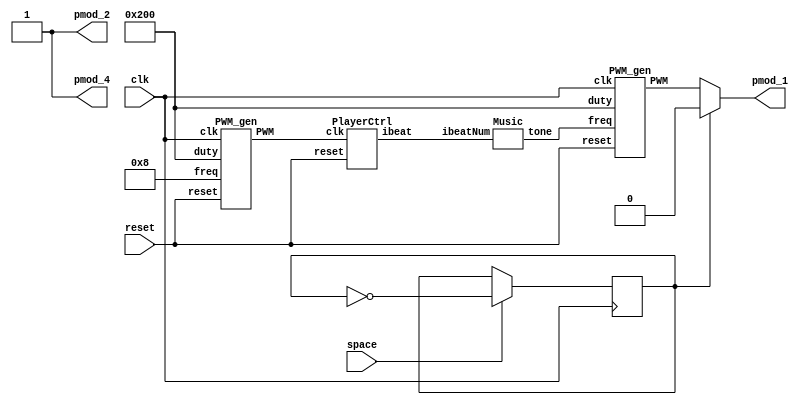
`timescale 1ns / 1ps
/////////////////////////////////////////////////////////////////
// Module Name: top_music
/////////////////////////////////////////////////////////////////

module top_music (
	input clk,
	input reset,
	input space,
	output pmod_1,
	output pmod_2,
	output pmod_4
);
    parameter BEAT_FREQ = 32'd8;	//one beat=0.125sec
    parameter DUTY_BEST = 10'd512;	//duty cycle=50%

    wire [31:0] freq;
    wire [7:0] ibeatNum;
    wire beatFreq;
    wire music;
    
    reg silent;
    
    always@(posedge clk) begin
        if(space) silent <= ~silent;
        else silent <= silent;
    end
    
    assign pmod_1 = silent ? 1'd0 : music;
    assign pmod_2 = 1'd1;	//no gain(6dB)
    assign pmod_4 = 1'd1;	//turn-on

    //Generate beat speed
    PWM_gen btSpeedGen ( .clk(clk), 
                        .reset(reset),
                        .freq(BEAT_FREQ),
                        .duty(DUTY_BEST), 
                        .PWM(beatFreq)
    );  
    //Generate variant freq. of tones
    Music music00 ( .ibeatNum(ibeatNum),
                    .tone(freq)
    );

    // Generate particular freq. signal
    PWM_gen toneGen ( 
                    .clk(clk), 
                    .reset(reset), 
                    .freq(freq),
                    .duty(DUTY_BEST), 
                    .PWM(music)
    );

    PlayerCtrl playerCtrl ( .clk(beatFreq), 
                            .reset(reset), 
                            .ibeat(ibeatNum)
    );
endmodule

module PWM_gen (
    input wire clk,
    input wire reset,
	input [31:0] freq,
    input [9:0] duty,
    output reg PWM
);

    wire [31:0] count_max = 100_000_000 / freq;
    wire [31:0] count_duty = count_max * duty / 1024;
    reg [31:0] count;
        
    always @(posedge clk, posedge reset) begin
        if (reset) begin
            count <= 0;
            PWM <= 0;
        end else if (count < count_max) begin
            count <= count + 1;
            if(count < count_duty)
                PWM <= 1;
            else
                PWM <= 0;
        end else begin
            count <= 0;
            PWM <= 0;
        end
    end

endmodule

module Music (
	input [7:0] ibeatNum,	
	output reg [31:0] tone
);
    parameter C5 = 32'd523;
    parameter C6 = 32'd1047;
    parameter G5 = 32'd784;
    parameter E5 = 32'd659;
    parameter Db5 = 32'd554;
    parameter Db6 = 32'd1109;
    parameter Ab5 = 32'd831;
    parameter F5 = 32'd698;
    parameter A5 = 32'd880;
    parameter A5s = 32'd932;
    parameter B5 = 32'd988;
    always @(*) begin
        case (ibeatNum)		// 1/4 beat
            8'd0 : tone = C5;	
            8'd1 : tone = C6;
            8'd2 : tone = G5;
            8'd3 : tone = E5;
            8'd4 : tone = C6;	
            8'd5 : tone = G5;
            8'd6 : tone = E5;

            8'd7 : tone = Db5;
            8'd8 : tone = Db6;	
            8'd9 : tone = Ab5;
            8'd10 : tone = F5;
            8'd11 : tone = Db6;
            8'd12 : tone = Ab5;
            8'd13 : tone = F5;

            8'd14 : tone = C5;
            8'd15 : tone = C6;
            8'd16 : tone = G5;
            8'd17 : tone = E5;
            8'd18 : tone = C6;
            8'd19 : tone = G5;
            8'd20 : tone = E5;

            8'd21 : tone = E5;
            8'd22 : tone = F5;
            8'd23 : tone = G5;
            8'd24 : tone = G5;
            8'd25 : tone = Ab5;
            8'd26 : tone = A5;
            8'd27 : tone = A5;
            8'd28 : tone = A5s;
            8'd29 : tone = B5;
            8'd30 : tone = C6;
            // repeat
            8'd31 : tone = C5;
            8'd32 : tone = C6;
            8'd33 : tone = G5;
            8'd34 : tone = E5;
            8'd35 : tone = C6;
            8'd36 : tone = G5;
            8'd37 : tone = E5;

            8'd38 : tone = Db5;
            8'd39 : tone = Db6;
            8'd40 : tone = Ab5;
            8'd41 : tone = F5;
            8'd42 : tone = Db6;
            8'd43 : tone = Ab5;
            8'd44 : tone = F5;

            8'd45 : tone = C5;
            8'd46 : tone = C6;
            8'd47 : tone = G5;
            8'd48 : tone = E5;
            8'd49 : tone = C6;
            8'd50 : tone = G5;
            8'd51 : tone = E5;

            8'd52 : tone = E5;
            8'd53 : tone = F5;
            8'd54 : tone = G5;
            8'd55 : tone = G5;
            8'd56 : tone = Ab5;
            8'd57 : tone = A5;
            8'd58 : tone = A5;
            8'd59 : tone = A5s;
            8'd60 : tone = B5;
            8'd61 : tone = C6;

            8'd62 : tone = C5;
            8'd63 : tone = C6;
            8'd64 : tone = G5;
            8'd65 : tone = E5;
            8'd66 : tone = C6; 
            8'd67 : tone = G5;
            8'd68 : tone = E5;

            8'd69 : tone = Db5;
            8'd70 : tone = Db6;
            8'd71 : tone = Ab5;
            8'd72 : tone = F5;
            8'd73 : tone = Db6;
            8'd74 : tone = Ab5;
            8'd75 : tone = F5;

            8'd76 : tone = C5;
            8'd77 : tone = C6;
            8'd78 : tone = G5;
            8'd79 : tone = E5;
            8'd80 : tone = C6;
            8'd81 : tone = G5;
            8'd82 : tone = E5;

            8'd83 : tone = E5;
            8'd84 : tone = F5;
            8'd85 : tone = G5;
            8'd86 : tone = G5;
            8'd87 : tone = Ab5;
            8'd88 : tone = A5;
            8'd89 : tone = A5;
            8'd90 : tone = A5s;
            8'd91 : tone = B5;
            8'd92 : tone = C6;

            8'd93 : tone = C5;
            8'd94 : tone = C6;
            8'd95 : tone = G5;
            8'd96 : tone = E5;
            8'd97 : tone = C6;
            8'd98 : tone = G5;
            8'd99 : tone = E5;

            8'd100 : tone = Db5;
            8'd101 : tone = Db6;
            8'd102 : tone = Ab5;
            8'd103 : tone = F5;
            8'd104 : tone = Db6;
            8'd105 : tone = Ab5;
            8'd106 : tone = F5;

            8'd107 : tone = C5;
            8'd108 : tone = C6;
            8'd109 : tone = G5;
            8'd110 : tone = E5;
            8'd111 : tone = C6;
            8'd112 : tone = G5;
            8'd113 : tone = E5;

            8'd114 : tone = E5;
            8'd115 : tone = F5;
            8'd116 : tone = G5;
            8'd117 : tone = G5;
            8'd118 : tone = Ab5;
            8'd119 : tone = A5;
            8'd120 : tone = A5;
            8'd121 : tone = A5s;
            8'd122 : tone = B5;
            8'd123 : tone = C6;

            8'd124 : tone = C5;
            8'd125 : tone = C6;
            8'd126 : tone = G5;
            8'd127 : tone = E5;
            8'd128 : tone = C6;
            8'd129 : tone = G5;
            8'd130 : tone = E5;

            8'd131 : tone = Db5;
            8'd132 : tone = Db6;
            8'd133 : tone = Ab5;
            8'd134 : tone = F5;
            8'd135 : tone = Db6;
            8'd136 : tone = Ab5;
            8'd137 : tone = F5;
            
            8'd138 : tone = C5;
            8'd139 : tone = C6;
            8'd140 : tone = G5;
            8'd141 : tone = E5;
            8'd142 : tone = C6;
            8'd143 : tone = G5;
            8'd144 : tone = E5;

            8'd145 : tone = E5;
            8'd146 : tone = F5;
            8'd147 : tone = G5;
            8'd148 : tone = G5;
            8'd149 : tone = Ab5;
            8'd150 : tone = A5;
            8'd151 : tone = A5;
            8'd152 : tone = A5s;
            8'd153 : tone = B5;
            8'd154 : tone = C6;

            8'd155 : tone = C5;
            8'd156 : tone = C6;
            8'd157 : tone = G5;
            8'd158 : tone = E5;
            8'd159 : tone = C6;
            8'd160 : tone = G5;
            8'd161 : tone = E5;

            8'd162 : tone = Db5;
            8'd163 : tone = Db6;
            8'd164 : tone = Ab5;
            8'd165 : tone = F5;
            8'd166 : tone = Db6;
            8'd167 : tone = Ab5;
            8'd168 : tone = F5;

            8'd169 : tone = C5;
            8'd170 : tone = C6;
            8'd171 : tone = G5;
            8'd172 : tone = E5;
            8'd173 : tone = C6;
            8'd174 : tone = G5;
            8'd175 : tone = E5;

            8'd176 : tone = E5;
            8'd177 : tone = F5;
            8'd178 : tone = G5;
            8'd179 : tone = G5;
            8'd180 : tone = Ab5;
            8'd181 : tone = A5;
            8'd182 : tone = A5;
            8'd183 : tone = A5s;
            8'd184 : tone = B5;
            8'd185 : tone = C6;

            8'd186 : tone = C5;
            8'd187 : tone = C6;
            8'd188 : tone = G5;
            8'd189 : tone = E5;
            8'd190 : tone = C6;
            8'd191 : tone = G5;
            8'd192 : tone = E5;

            8'd193 : tone = Db5;
            8'd194 : tone = Db6;
            8'd195 : tone = Ab5;
            8'd196 : tone = F5;
            8'd197 : tone = Db6;
            8'd198 : tone = Ab5;
            8'd199 : tone = F5;

            8'd200 : tone = C5;
            8'd201 : tone = C6;
            8'd202 : tone = G5;
            8'd203 : tone = E5;
            8'd204 : tone = C6;
            8'd205 : tone = G5;
            8'd206 : tone = E5;

            8'd207 : tone = E5;
            8'd208 : tone = F5;
            8'd209 : tone = G5;
            8'd210 : tone = G5;
            8'd211 : tone = Ab5;
            8'd212 : tone = A5;
            8'd213 : tone = A5;
            8'd214 : tone = A5s;
            8'd215 : tone = B5;
            8'd216 : tone = C6;

            8'd217 : tone = C5;
            8'd218 : tone = C6;
            8'd219 : tone = G5;
            8'd220 : tone = E5;
            8'd221 : tone = C6;
            8'd222 : tone = G5;
            8'd223 : tone = E5;

            8'd224 : tone = Db5;
            8'd225 : tone = Db6;
            8'd226 : tone = Ab5;
            8'd227 : tone = F5;
            8'd228 : tone = Db6;
            8'd229 : tone = Ab5;
            8'd230 : tone = F5;

            8'd231 : tone = C5;
            8'd232 : tone = C6;
            8'd233 : tone = G5;
            8'd234 : tone = E5;
            8'd235 : tone = C6;
            8'd236 : tone = G5;
            8'd237 : tone = E5;
            
            8'd238 : tone = E5;
            8'd239 : tone = F5;
            8'd240 : tone = G5;
            8'd241 : tone = G5;
            8'd242 : tone = Ab5;
            8'd243 : tone = A5;
            8'd244 : tone = A5;
            8'd245 : tone = A5s;
            8'd246 : tone = B5;
            8'd247 : tone = C6;
            
            8'd248 : tone = C5;
            8'd249 : tone = C6;
            8'd250 : tone = G5;
            8'd251 : tone = E5;
            8'd252 : tone = C6;
            8'd253 : tone = G5;
            8'd254 : tone = E5;

            8'd255 : tone = Db5;
            default : tone = 32'd20000;	//Do-dummy
        endcase
    end
endmodule

module PlayerCtrl (
	input clk,
	input reset,
	output reg [7:0] ibeat
);
    parameter BEATLEAGTH = 63;

    always @(posedge clk, posedge reset) begin
        if (reset)
            ibeat <= 0;
        else if (ibeat < BEATLEAGTH) 
            ibeat <= ibeat + 1;
        else 
            ibeat <= 0;
    end

endmodule